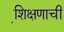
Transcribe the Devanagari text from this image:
शि़क्षणाची